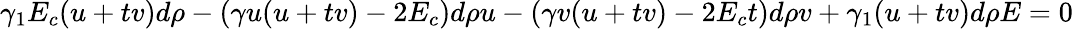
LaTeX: \gamma_{1}E_{c}(u+tv)d\rho-(\gamma u(u+tv)-2E_{c})d\rho u-(\gamma v(u+tv)-2E_{c}t)d\rho v+\gamma_{1}(u+tv)d\rho E=0